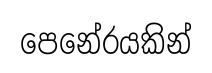
පෙනේරයකින්